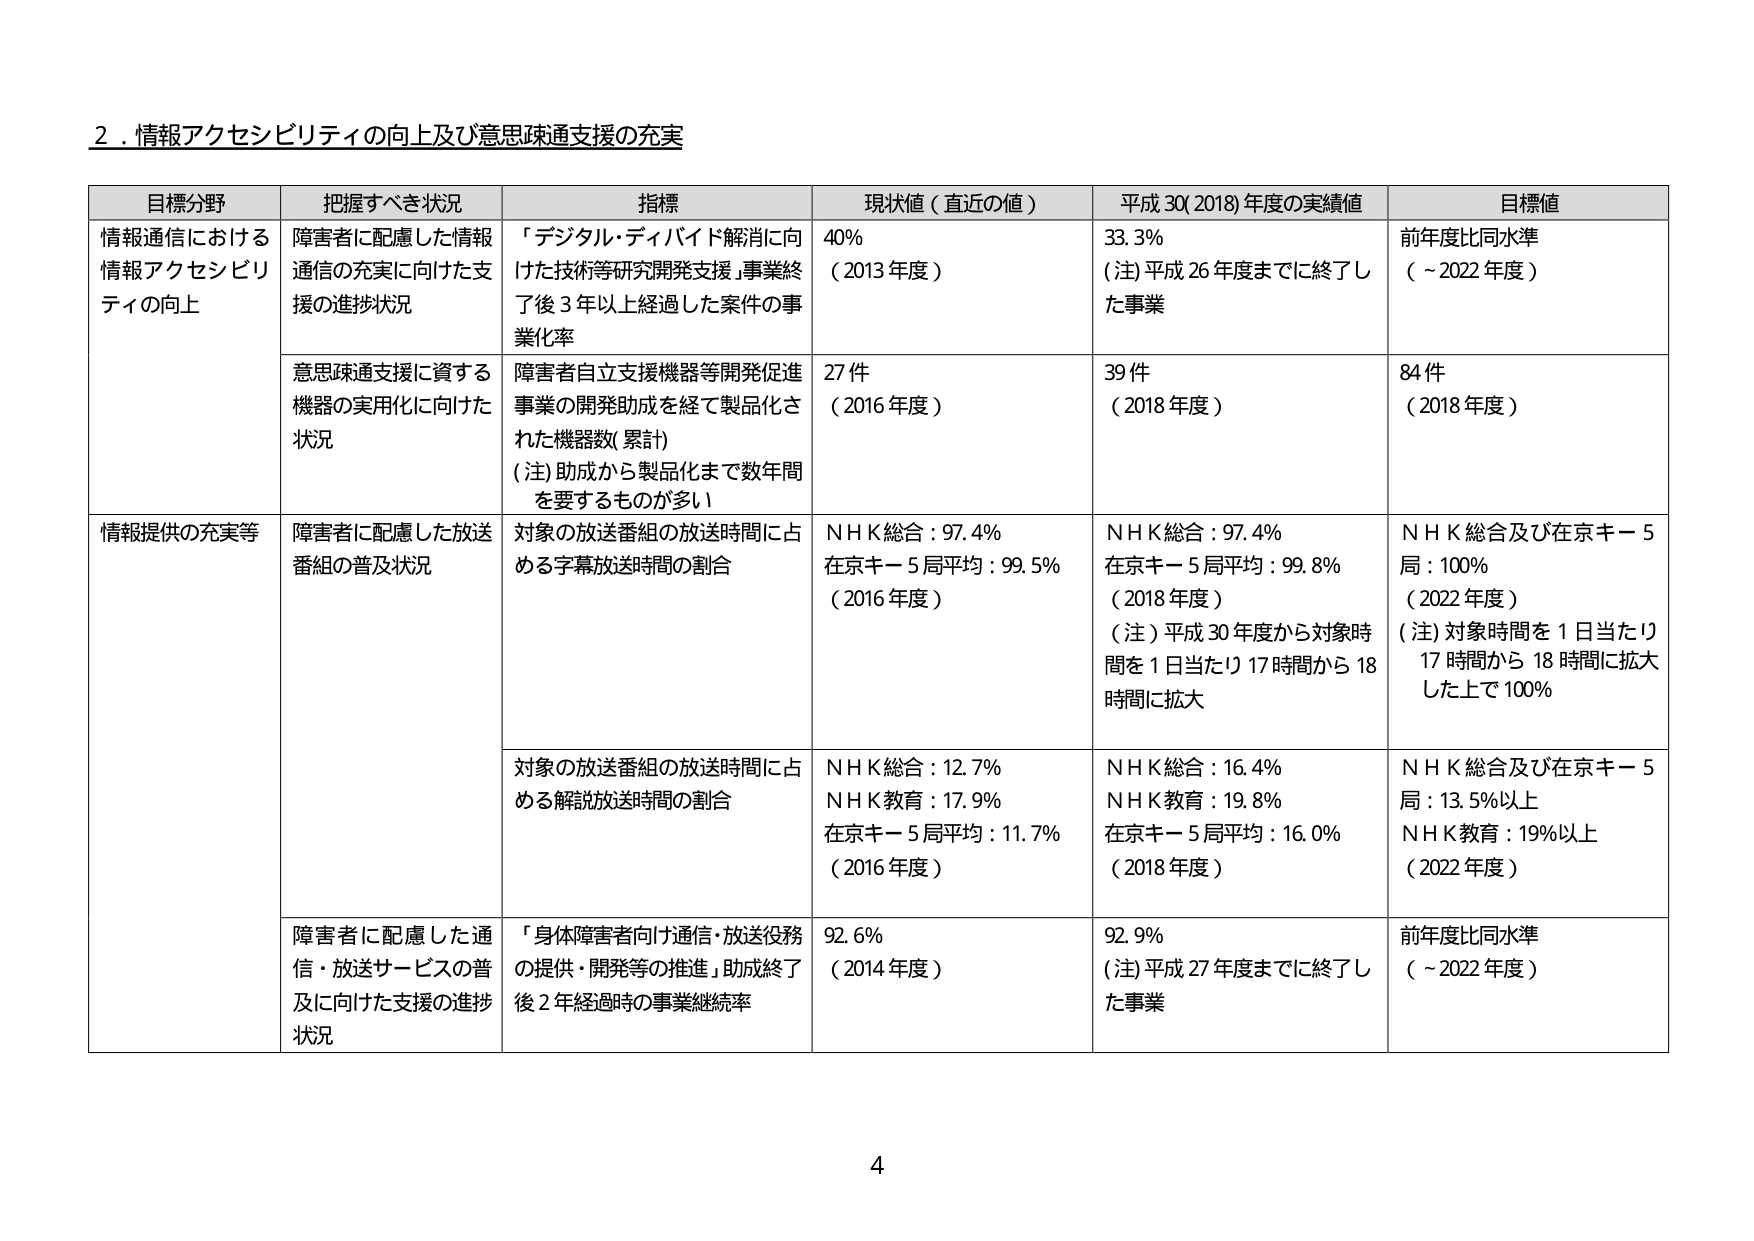
2．情報アクセシビリティの向上及び意思疎通支援の充実

目標分野	把握すべき状況	指標	現状値（直近の値）	平成30(2018)年度の実績値	目標値
情報通信における情報アクセシビリティの向上	障害者に配慮した情報通信の充実に向けた支援の進捗状況	「デジタル・ディバイド解消に向けた技術等研究開発支援」事業終了後3年以上経過した案件の事業化率	40%（2013年度）	33.3%（注）平成26年度までに終了した事業	前年度比同水準（～2022年度）
	意思疎通支援に資する機器の実用化に向けた状況	障害者自立支援機器等開発促進事業の開発助成を経て製品化された機器数(累計)（注）助成から製品化まで数年間を要するものが多い	27件（2016年度）	39件（2018年度）	84件（2018年度）
情報提供の充実等	障害者に配慮した放送番組の普及状況	対象の放送番組の放送時間に占める字幕放送時間の割合	NHK総合：97.4%在京キー5局平均：99.5%（2016年度）	NHK総合：97.4%在京キー5局平均：99.8%（2018年度）（注）平成30年度から対象時間を1日当たり17時間から18時間に拡大	NHK総合及び在京キー5局：100%（2022年度）（注）対象時間を1日当たり17時間から18時間に拡大した上で100%
		対象の放送番組の放送時間に占める解説放送時間の割合	NHK総合：12.7%NHK教育：17.9%在京キー5局平均：11.7%（2016年度）	NHK総合：16.4%NHK教育：19.8%在京キー5局平均：16.0%（2018年度）	NHK総合及び在京キー5局：13.5%以上NHK教育：19%以上（2022年度）
	障害者に配慮した通信・放送サービスの普及に向けた支援の進捗状況	「身体障害者向け通信・放送役務の提供・開発等の推進」助成終了後2年経過時の事業継続率	92.6%（2014年度）	92.9%（注）平成27年度までに終了した事業	前年度比同水準（～2022年度）

4